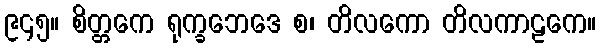
၉၄၅။ စိတ္တကေ ရုက္ခဘေဒေ စ၊ တိလကော တိလကာဠကေ။